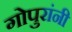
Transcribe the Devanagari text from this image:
गोपुरांनी